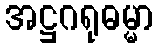
အဋ္ဌဂရုဓမ္မာ